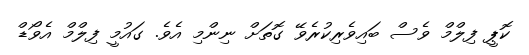
ކޮޕީ ފިލްމް ވެސް ބައިވެރިކުރެވޭ ގޮތަށް ނިންމި އެވެ. ގައުމީ ފިލްމް އެވޯޑް